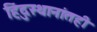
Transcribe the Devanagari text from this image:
हिंदुस्थानांतही